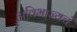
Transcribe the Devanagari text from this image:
अविभाज्यचं